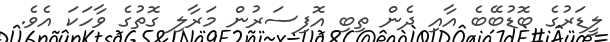
ލީޑަރުގެ ބޮޑުބޭބެ އާއި ދެން ތިބި އޮފިސަރުން މަރާލި ގޮތުގެ ވާހަކަ އެވެ.